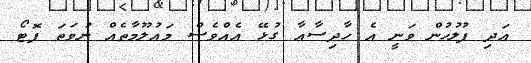
އަދި ފުލުހުން ވަނީ އެ ހާދިސާއާ ގުޅޭ އެއްވެސް މައުލޫމާތެއް ނުވަތަ ފޮޓޯ